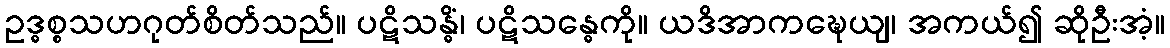
ဥဒ္ဓစ္စသဟဂုတ်စိတ်သည်။ ပဋိသန္ဓိံ၊ ပဋိသန္ဓေကို။ ယဒိအာကဍ္ဎေယျ၊ အကယ်၍ ဆိုဦးအံ့။